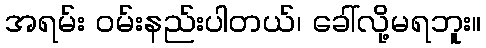
အရမ်း ဝမ်းနည်းပါတယ်၊ ခေါ်လို့မရဘူး။